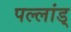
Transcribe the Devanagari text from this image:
पल्लांड्